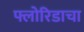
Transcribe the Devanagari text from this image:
फ्लोरिडाचा